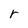
Character: r